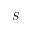
S